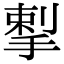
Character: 揧